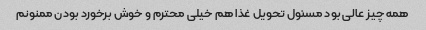
همه چیز عالی بود مسئول تحویل غذا هم خیلی محترم و خوش برخورد بودن ممنونم